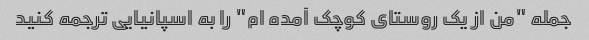
جمله "من از یک روستای کوچک آمده ام" را به اسپانیایی ترجمه کنید